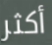
أكثر